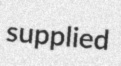
supplied